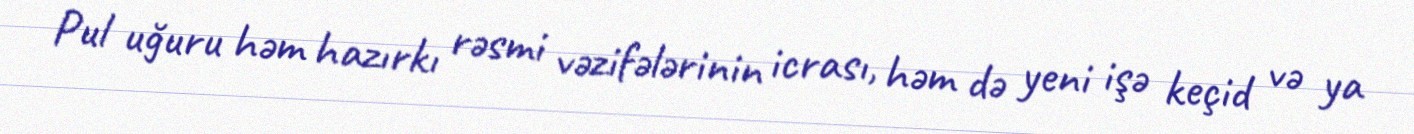
Pul uğuru həm hazırkı rəsmi vəzifələrinin icrası, həm də yeni işə keçid və ya